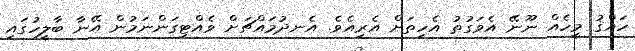
ހައްޤު މީހެއް ނޫނޭ އެވަގުތު އެހިތަށް އެރިއެވެ. އެނދުމައްޗަށް ވެއްޓިގަންނަމުން އޭނާ ބާލީހުގައި